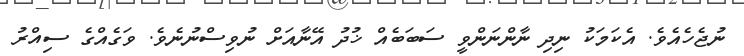
ނުޖެހެއެވެ. އެކަމަކު ނިދި ނާންނަންވީ ސަބަބެއް ޚުދު އޭނާއަށް ނުވިސްނުނެވެ. ވަގެއްގެ ސިއްރު